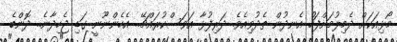
މޯޅިއަކަށް ދެމިލުމަށްފަހު އެނދުން ތެދުވިއެވެ. ދަރިފުޅާ އަވަސްކުރައްޗޭ.. އެހެންނޫނީ ގަޑި ޖެހިދާނެ.. ދޮންބެ